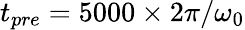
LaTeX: t_{pre}=5000\times 2\pi/\omega_{0}